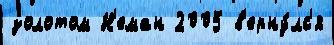
золотом Н'еман 2005 в'ерну́лс'я